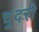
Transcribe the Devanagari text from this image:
चुंदरी